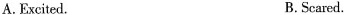
A.Excited. B.Scared.